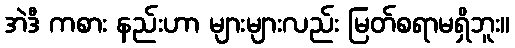
အဲဒီ ကစား နည်းဟာ များများလည်း မြတ်စရာမရှိဘူး။